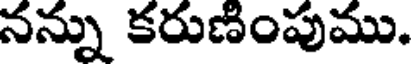
నన్ను కరుణింపుము.